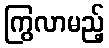
ကြွလာမည့်